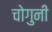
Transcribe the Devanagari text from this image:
चोगुनी